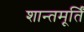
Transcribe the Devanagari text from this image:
शान्तमूर्तिं